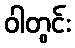
ဝါတွင်း